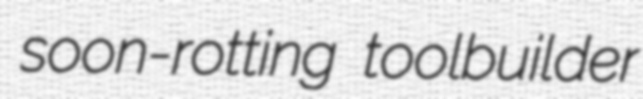
soon-rotting toolbuilder